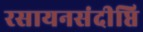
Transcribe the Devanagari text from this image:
रसायनसंदीप्ति